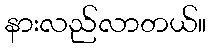
နားလည်လာတယ်။